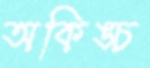
অকিঙ্চ